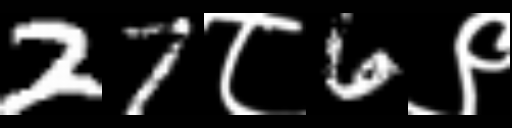
Text: 27८6९